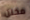
مخلل